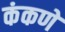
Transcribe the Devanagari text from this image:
कंकणें